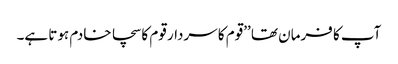
آپ کا فرمان تھا ’’قوم کا سردار قوم کا سچا خادم ہوتا ہے۔